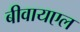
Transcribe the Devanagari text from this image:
बीवायएल